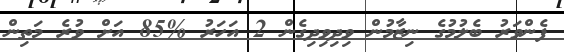
ފެންވަރު ބެލުމުގެ ނިޒާމުން ވިދިވިދިގެން 2 އަހަރު %85 އަށް ވުރެ މަތިން